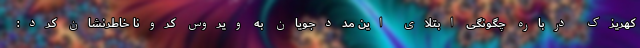
کهریزک درباره چگونگی ابتلای این مددجویان به ویروس کرونا خاطرنشان کرد: